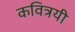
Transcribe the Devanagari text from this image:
कवित्रयी